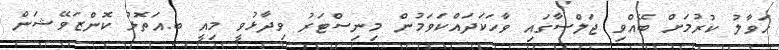
ހަވާލު ކުރުމަށް ބޭއްވި ޖަލްސާގައި ވާހަކަދައްކަވަމުން މިނިސްޓަރު ވިދާޅުވީ މިއީ ބ.އަތޮޅު ކޮންޒަވޭޝަން